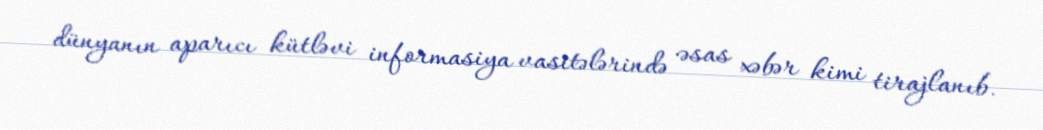
dünyanın aparıcı kütləvi informasiya vasitələrində əsas xəbər kimi tirajlanıb.